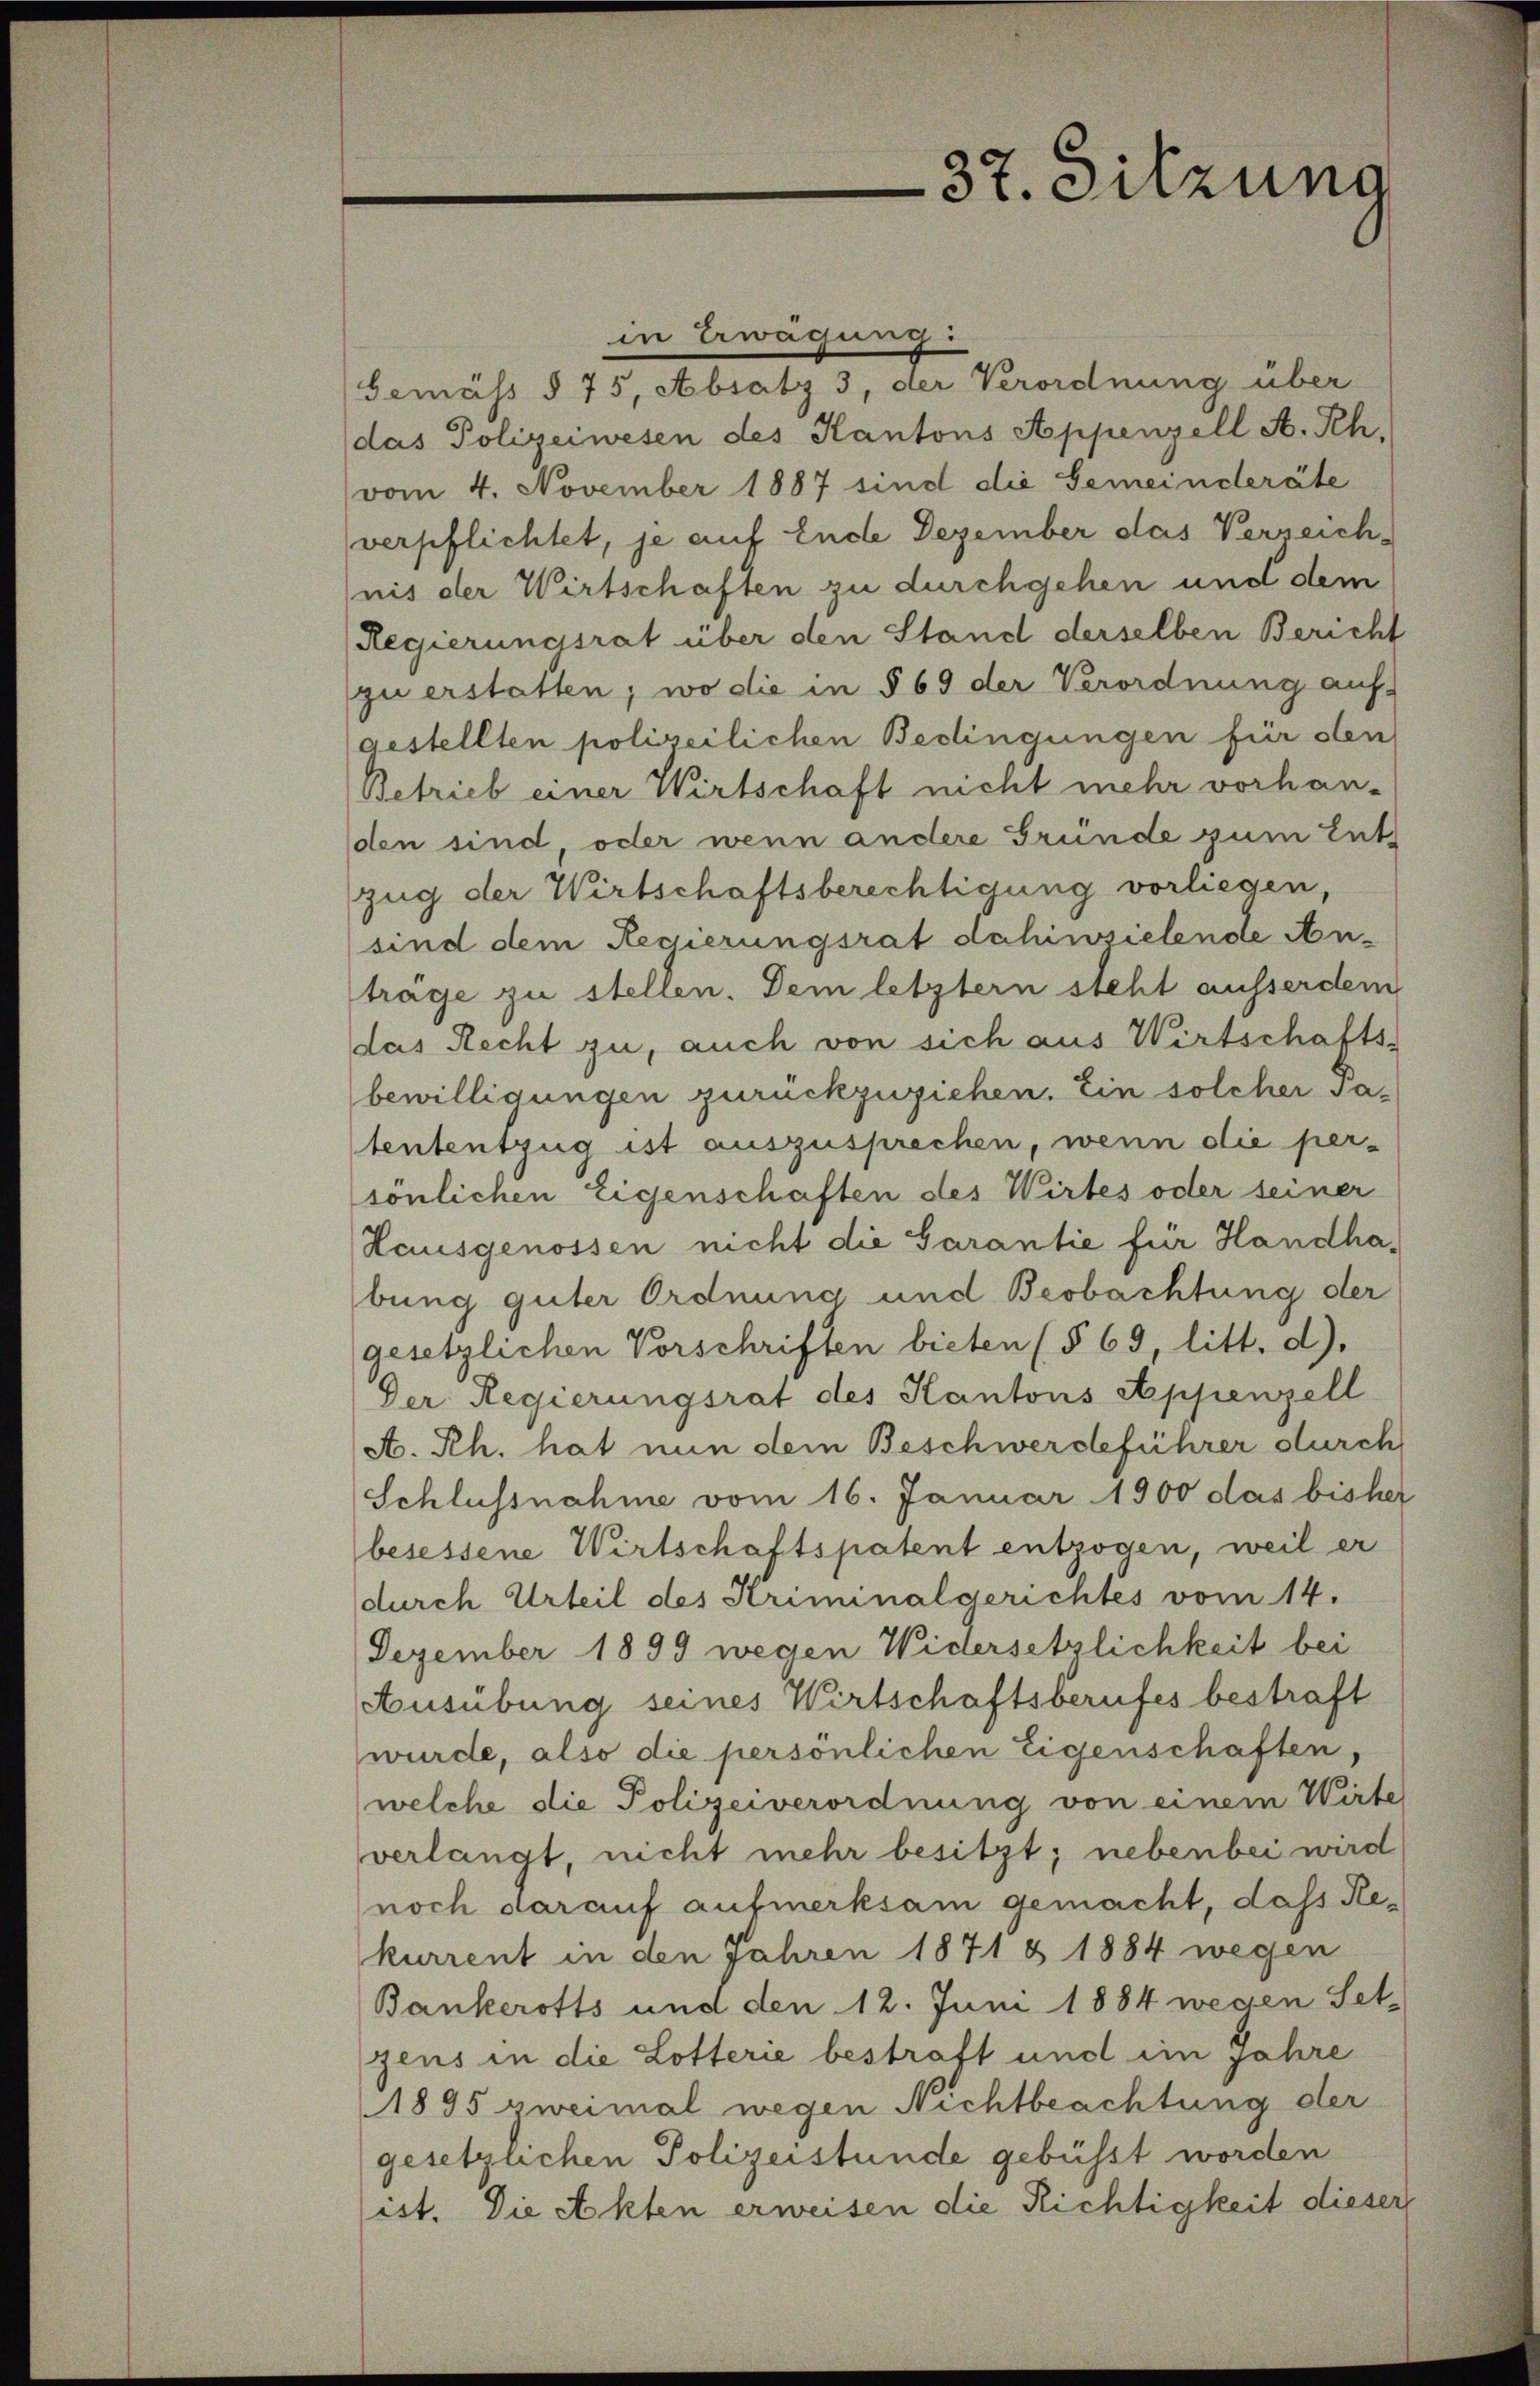
in Erwägung:
Gemäss § 75, Absatz 3, der Verordnung über
das Polizeiwesen des Kantons Appenzell A. Sch.
(vom 4. November 1887 sind die Gemeinderäte
verpflichtet, je auf Ende Dezember das Verzeich-
nis der Wirtschaften zu durchgehen und dem
Regierungsrat über den Stand derselben Bericht
zu erstatten; wo die in § 69 der Verordnung auf
gestellten polizeilichen Bedingungen für den
Betrieb einer Wirtschaft nicht mehr vorhanden sind oder wenn andere Grunde zum Ent-
zug der Wirtschaftsberechtigung vorliegen,
sind dem Regierungsrat dahinzielende Antrage zu stellen. Dem letzter steht ausserdem
das Recht zu, auch von sich aus Wirtschafts-
bewilligungen zurückzuziehen. Ein solcher Satententzug ist auszusprechen, wenn die per-
sönlichen Eigenschaften des Wirtes oder seiner
Hausgenossen nicht die Garantie für Handhabung guter Ordnung und Beobachtung der
gesetzlichen Vorschriften bieten (§ 69, litt. d).
Der Regierungsrat des Kantons Appenzell
A. Rh. hat nun dem Beschwerdeführer durch
Schlussnahme vom 16. Januar 1900 das bisher
besessene Wirtschaftspatent entzogen, weil er
durch Urteil des Kriminalgerichtes vom 14.
Dezember 1899 wegen Widersetzlichkeit bei
Ausübung seines Wirtschaftsberufes bestraft
wurde, also die persönlichen Eigenschaften,
(welche die Polizeiverordnung von einem Wirte
verlangt, nicht mehr besitzt; nebenbei wird
noch darauf aufmerksam gemacht, das Rekurrent in den Jahren 1871 & 1884 wegen
Bankerotts und den 12. Juni 1884 wegen Set-
zens in die Lotterie bestraft und im Jahre
1895 zweimal wegen Nichtbeachtung der
gesetzlichen Polizeistunde gebüsst worden
ist. Die Akten erweisen die Richtigkeit dieser

37. Sitzung